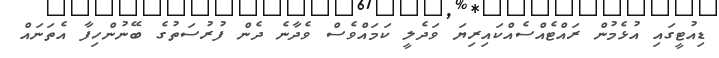
ޑިއުޓީގައި އުޅެމުން ރައްޓެއްސެއްކައިރިޔަ ވަދެލީ ކަމައްވެސް ވެދާނެ ދެން ފުރުސަތުގެ ބޭނުންހިފާ އެތަނައް